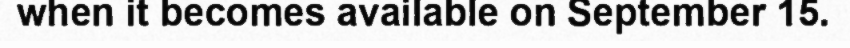
when it becomes available on September 15.